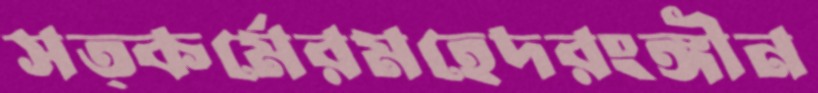
সত্কর্মেরমহেদরংঙ্গীন